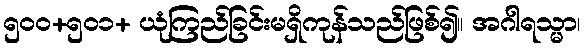
၅၀၀+၅၀၁+ ယုံကြည်ခြင်းမရှိကုန်သည်ဖြစ်၍။ အဂါရသ္မာ၊